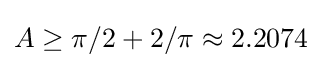
A\geq \pi /2+2/\pi \approx 2.2074